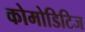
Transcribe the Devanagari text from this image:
कोमोडिटिज